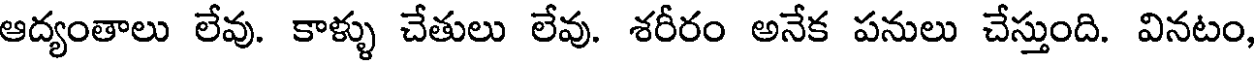
ఆద్యంతాలు లేవు. కాళ్ళు చేతులు లేవు. శరీరం అనేక పనులు చేస్తుంది. వినటం,